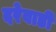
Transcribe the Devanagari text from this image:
दरेवाडी